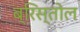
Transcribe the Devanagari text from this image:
ब्रिस्तोल